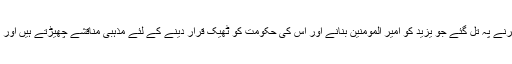
وجاہت کو یہ سب پتا ہے لیکن وہ جان بوجھ کر اس کی وہ تنگ نظر تعبیر کرنے پہ تل گئے جو یزید کو امیر المومنین بنانے اور اس کی حکومت کو ٹھیک قرار دینے کے لئے مذہبی مناقشے چھیڑتے ہیں اور اسی قبیلے کے ایک سردار کی پروجیکشن کے دفاع کا بیڑا انھوں نے اٹھالیا۔